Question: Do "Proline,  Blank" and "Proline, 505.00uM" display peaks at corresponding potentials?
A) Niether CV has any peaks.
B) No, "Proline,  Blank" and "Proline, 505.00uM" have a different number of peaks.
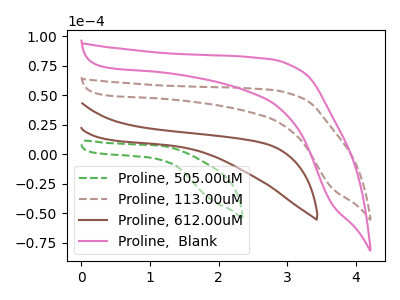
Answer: <think>The green dashed curve "Proline, 505.00uM" has no peaks. The brown dashed curve "Proline, 113.00uM" has no peaks. The brown curve "Proline, 612.00uM" has no peaks. The pink curve "Proline,  Blank" has no peaks.</think>
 <answer>A) Niether CV has any peaks.</answer>
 <eval>A</eval>